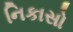
નિકાસો